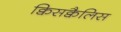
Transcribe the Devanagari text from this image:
क्विसक्वैलिस